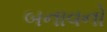
બનાવનો